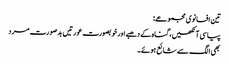
تین افسانوی مجموعے:
پیاسی آنکھیں، گناہ کے دھبے اور خوبصورت عورتیں بدصورت مرد
بھی الگ سے شائع ہوئے۔